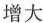
增大